Lunatic asylums Punjab 1895-1910 - 1895-1910
Year: 1895
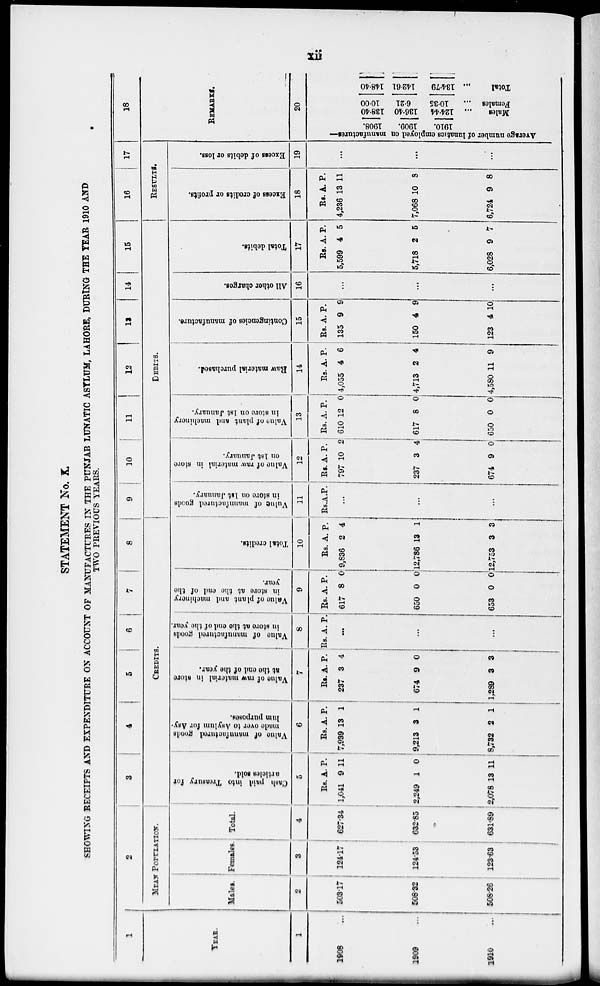
xii
STATEMENT No. X.
SHOWING RECEIPTS AND EXPENDITURE ON ACCOUNT OF MANUFACTURES IN THE PUNJAB LUNATIC ASYLUM, LAHORE, DURING THE YEAR 1910 AND
TWO PREVIOUS YEARS.
1
YEAR.
1
1906 ...
1909 ...
1910 ...
2
MEAN POPULATION.
Males.
2
508.17
508.32
506.26
Females.
3
124.17
124.53
123.63
Total.
4
627.34
632.85
631.39
3
4
5
6
7
8
CREDITS.
Cash paid into Treasury for
articles sold.
5
Rs.
1,041
2,249
2,078
A.
9
1
13
P.
11
0
11
Value of manufactured goods
made
over to Asylum for Asy-
lum purposes.
6
Rs.
7,939
9,213
8,732
A.
13
3
2
P.
1
1
1
Value of raw material in store
at the and of the year.
7
Rs.
237
674
1,289
A.
3
9
3
P.
4
0
3
Value of manufactured goods
in store at the end of the year.
8
Rs. A. P.
...
...
...
Value of plant and machinery
in store at the and of the
year.
9
Rs.
617
650
653
A.
8
0
0
P.
0
0
0
Total credits.
10
Rs.
9,836
12,786
12,753
A.
2
13
3
P.
4
1
3
9
10
11
12
13
14
15
DEBITS.
Value of manufactured goods
in store on 1st January.
11
Rs. A. P.
...
...
...
Value of raw material in store
on 1st January.
12
Rs.
797
237
674
A.
10
3
9
P.
2
4
0
Value of plant and machinery
in store on 1st January.
13
Rs.
610
617
650
A.
12
8
0
P.
0
0
0
Raw material purchased.
14
Rs.
4,055
4,713
4,580
A.
4
2
11
P.
6
4
9
Contingencies of manufacture.
15
Rs.
135
150
123
A.
9
4
4
P.
9
9
10
All other charges.
16
...
...
...
Total debits.
17
Rs.
5,599
5,718
6,028
A.
4
2
9
P.
5
5
7
16
17
RESULTS.
Excess of credits or profits.
18
Rs.
4,236
7,068
6,724
A.
13
10
9
P.
11
8
8
Excess of debits or loss.
19
...
...
...
18
REMARKS.
20
Average number of lunatics employed on manufactures—
1908.
1909.
1910.
138.40
136.40
124.44
Males
...
10.00
6.21
10.35
Females ...
148.40
142.61
134.79
Total ...